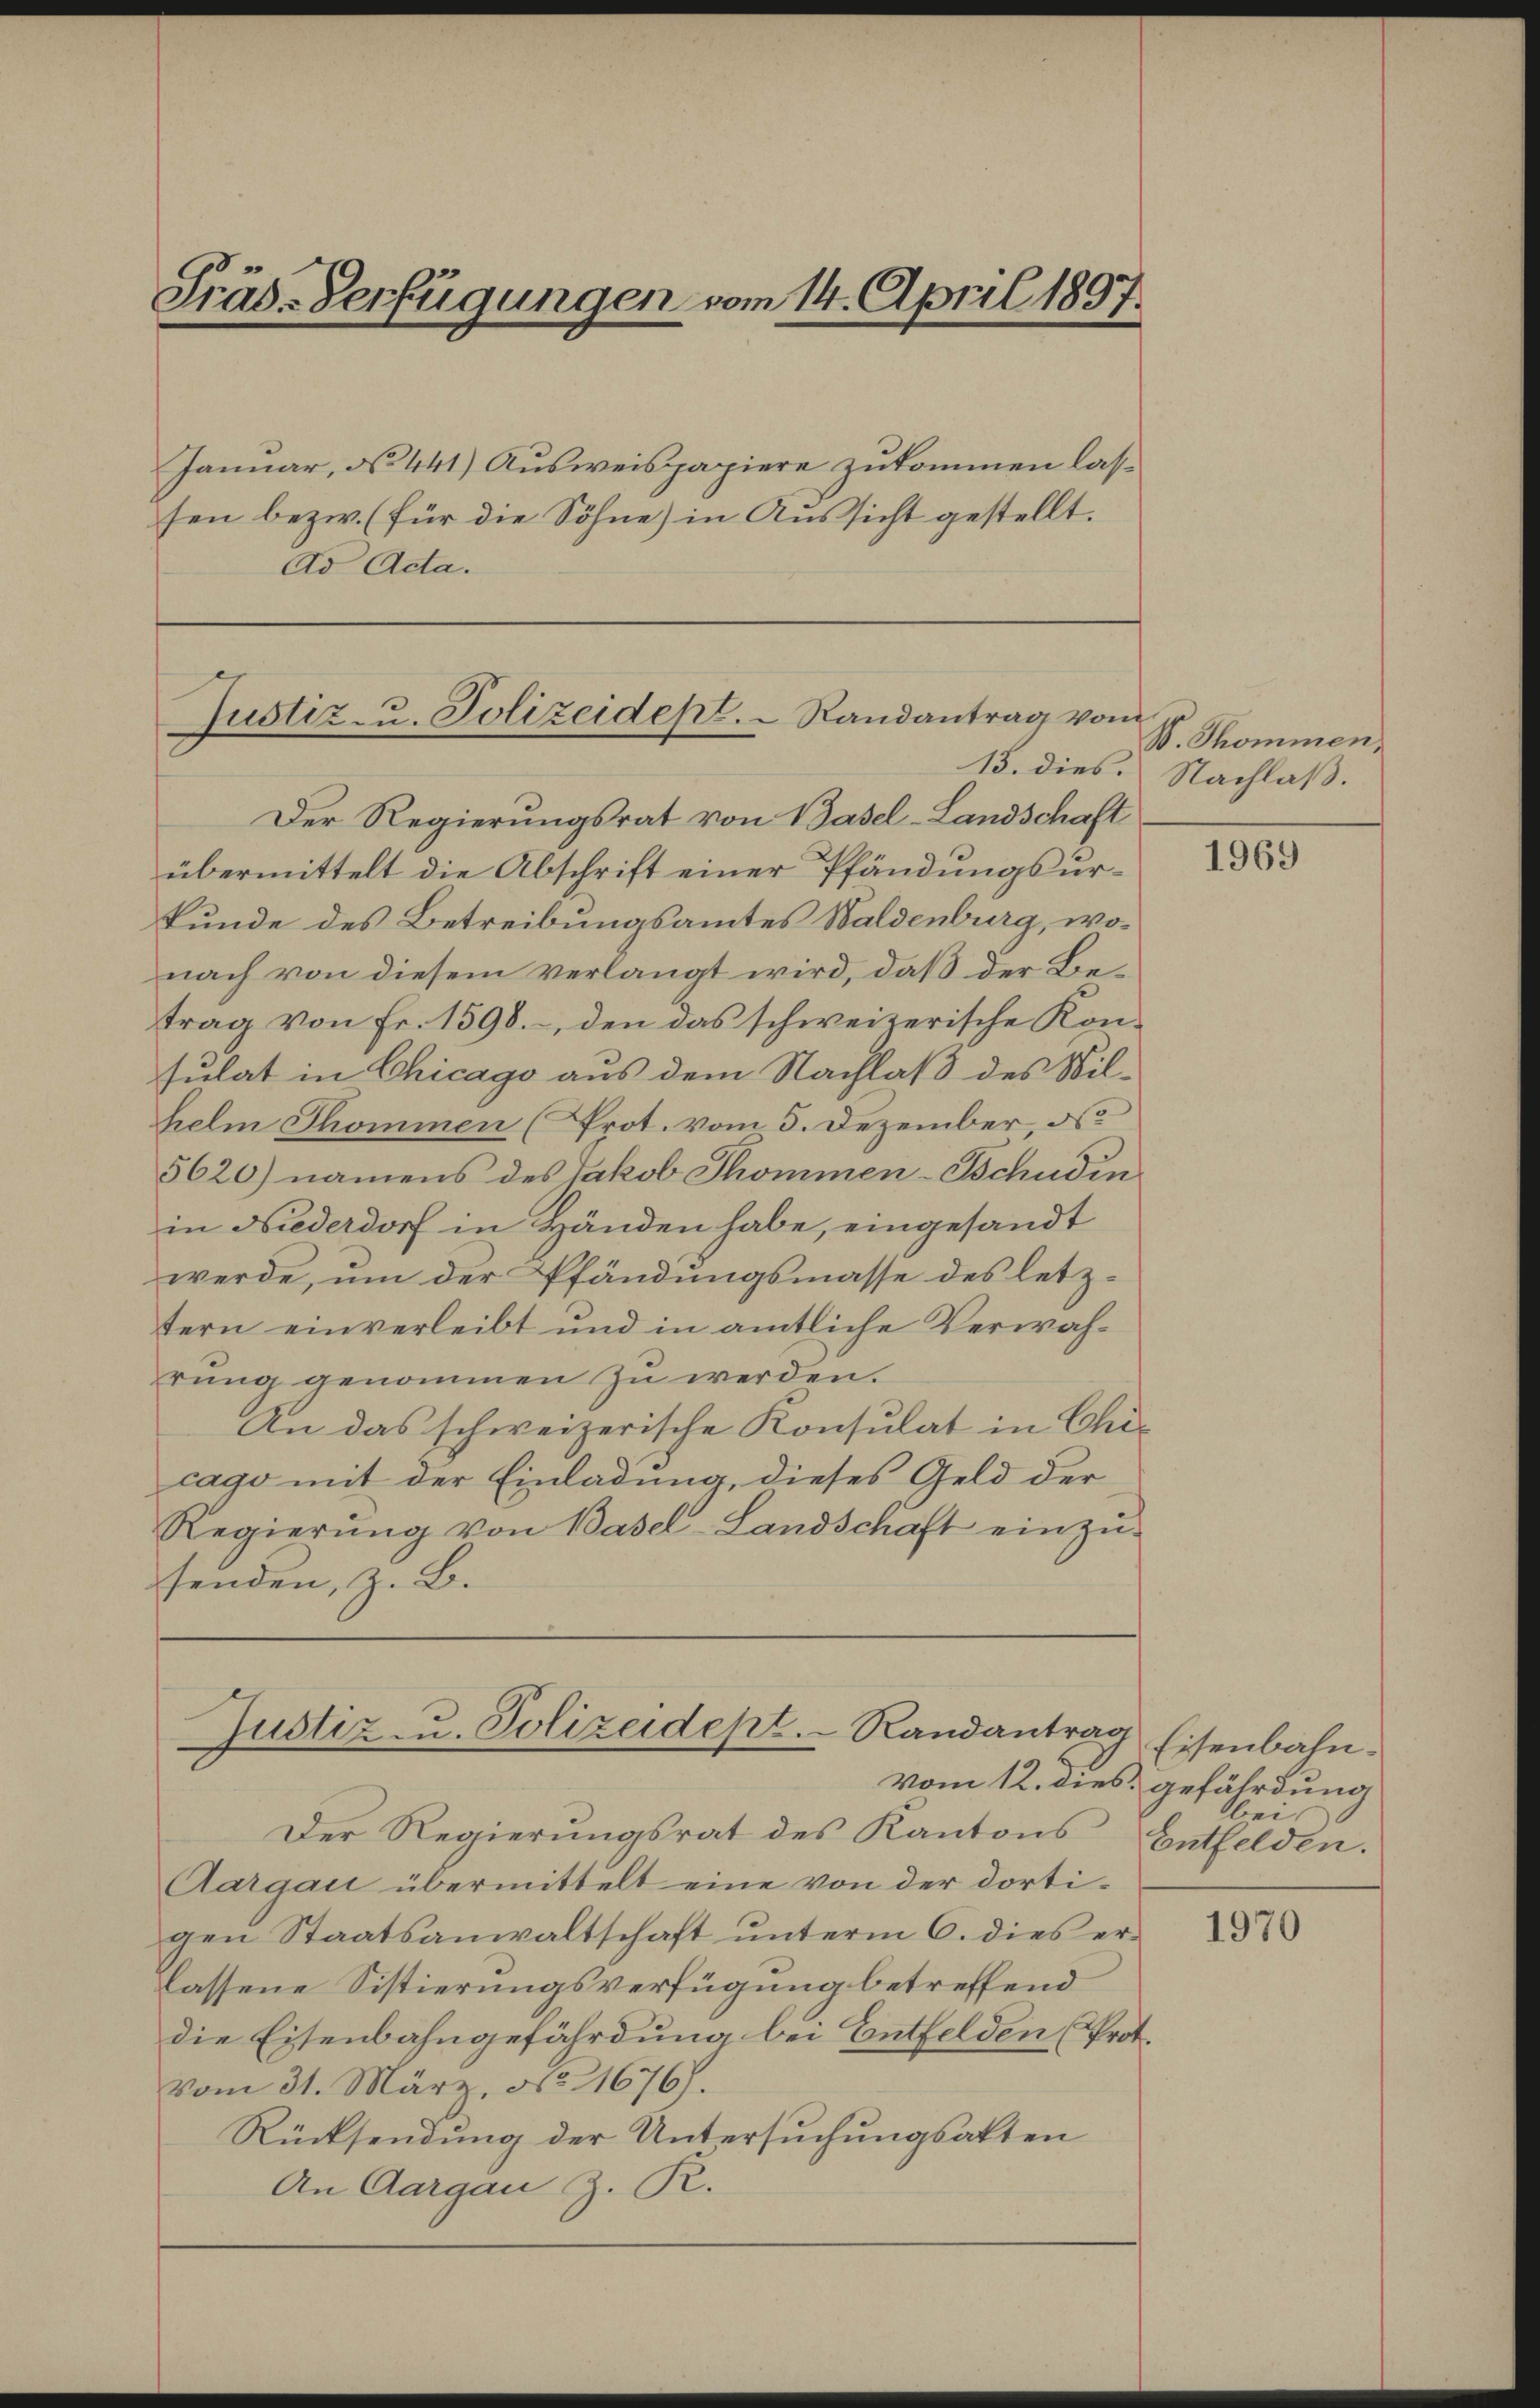
Präs-Verfügungen vom 14. April 1897.

Januar, No 441) Ausweispapiere zukommen lassen bezw. (für die Söhne) in Aussicht gestellt.
Ad Acta.

Der Regierungsrat von Basel-Landschaft
übermittelt die Abschrift einer Pfändungsurkunde des Betreibungsamtes Waldenburg, wonach von diesem verlangt wird, daß der Betrag von Fr. 1598. -, den das schweizerische Konsulat in Chicago aus dem Nachlaß des Wilhelm Thommen (Prot. vom 5. Dezember, d
5620) namens des Jakob Thommen-Schudin
in Niederdorf in Händen habe, eingesandt
werde, um der Pfändungsmasse des letztern einverleibt und in amtliche Verwahrung genommen zu werden.
An das schweizerische Konsulat in Chi-
cago mit der Einladung, dieses Geld der
Regierŭng von Basel-Landschaft einzŭ-
senden, z. B.

Der Regierungsrat des Kantons¬
Aargau übermittelt eine von der dortigen Staatsanwaltschaft unterm 6. dies erlassene Sistierungsverfügung betreffend
die Eisenbahngefährdung bei Entfelden (Prot.
vom 31. März, No 11676).
Rücksendung der Untersuchungsakten
An Aargau Z. R.

Justiz- u. Polizeidept. Randantrag vo

Justiz- u. Polizeidept. Randantrag
vom 12. dies gefährdung

e
W. Thommen,
13. dies. Nachlaß.

1969

Eisenbahn.
bei
Entfelden.

1970